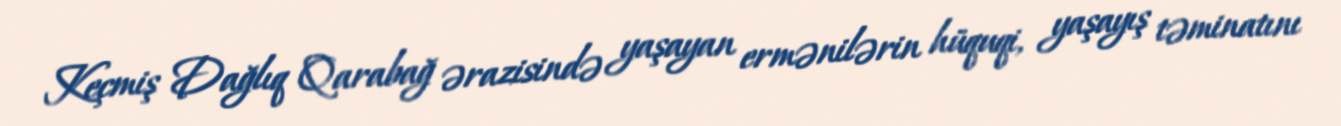
Keçmiş Dağlıq Qarabağ ərazisində yaşayan ermənilərin hüquqi, yaşayış təminatını